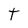
Character: t